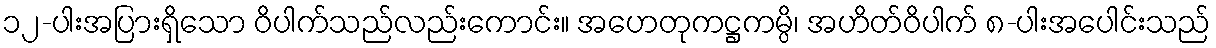
၁၂-ပါးအပြားရှိသော ဝိပါက်သည်လည်းကောင်း။ အဟေတုကဋ္ဌကမ္ပိ၊ အဟိတ်ဝိပါက် ၈-ပါးအပေါင်းသည်